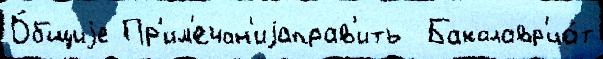
О́бщиjе Пр'им'ечан'иjаправ'ить  Бакалавр'иа́т